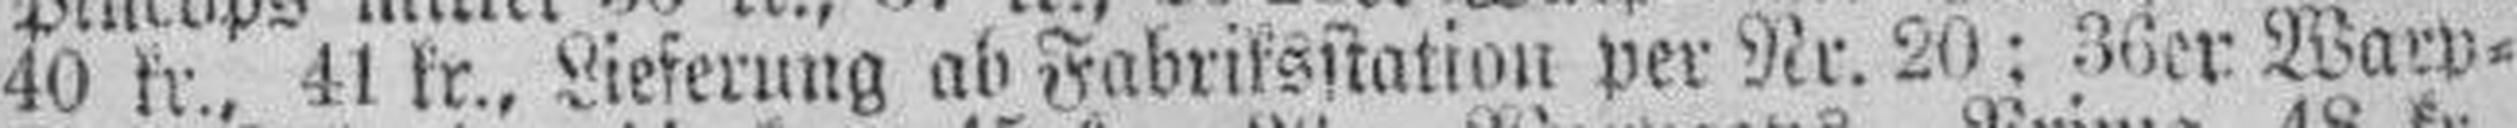
40 kr., 41 kr., Lieferung ab Fabriksstation per Nr. 20: 36er Warp¬